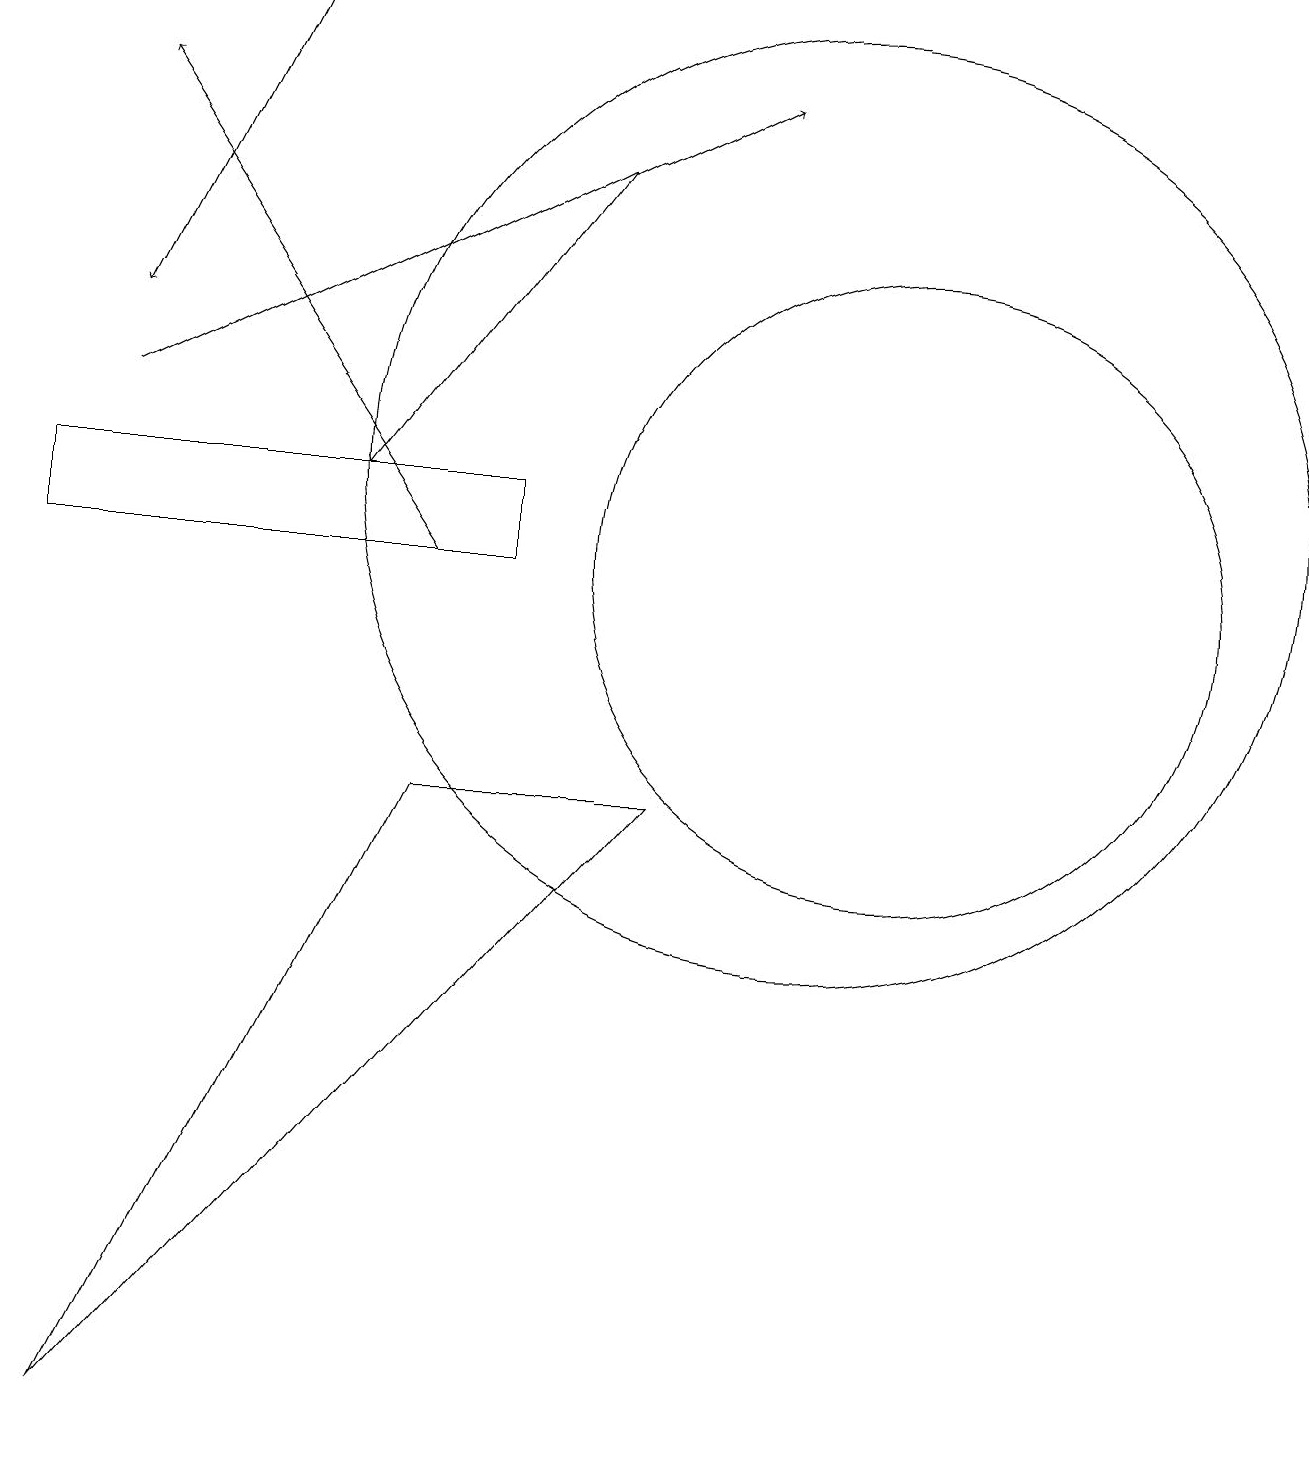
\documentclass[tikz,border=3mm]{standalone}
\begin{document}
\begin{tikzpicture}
\draw (10,12) circle (6);
\draw[->] (1,13) -- (9,17);
\draw (11,11) circle (4);
\draw[->] (5,11) -- (1,17);
\draw[->] (7,16) -- (4,12);
\draw[->] (3,18) -- (1,14);
\draw (0,12) rectangle (6,11);
\draw (1,0) -- (8,8) -- (5,8) -- cycle;
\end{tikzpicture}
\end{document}